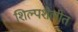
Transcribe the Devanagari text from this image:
शिल्पशैलीत